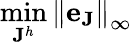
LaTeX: \operatorname*{min}_{\mathbf{J}^{h}}{\| \mathbf{e}_{\mathbf{J}}\| }_{\infty}